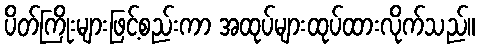
ပိတ်ကြိုးများဖြင့်စည်းကာ အထုပ်များထုပ်ထားလိုက်သည်။